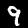
Digit: 9